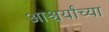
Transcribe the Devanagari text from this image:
आश्चर्यांच्या